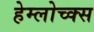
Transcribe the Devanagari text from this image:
हेम्लोच्क्स